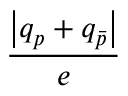
\frac { \left| q _ { p } + q _ { \bar { p } } \right| } { e }